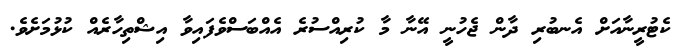
ކެޓުރީނާއަށް އެނބުރި ދާން ޖެހުނީ އޭނާ މާ ކުރިއްސުރެ އެއްބަސްވެފައިވާ އިޝްތިހާރެއް ކުޅުމަށެވެ.